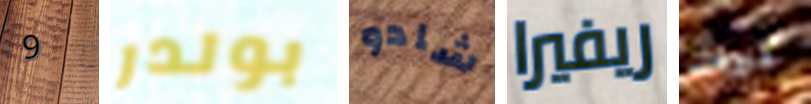
9 بولدر شادو ريفيرا نيت